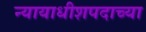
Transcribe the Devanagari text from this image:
न्यायाधीशपदाच्या